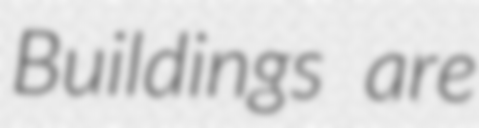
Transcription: Buildings are